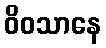
ဝိဝသာနေ